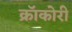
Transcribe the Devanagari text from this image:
क्रॉकोरी